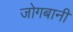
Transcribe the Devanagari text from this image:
जोगबानी